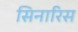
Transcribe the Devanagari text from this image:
सिनारिस